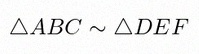
\triangle ABC\sim\triangle DEF